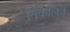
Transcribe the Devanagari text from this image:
निकालने